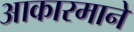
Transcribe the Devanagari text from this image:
आकारमाने